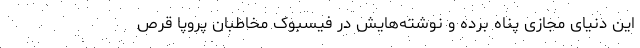
این دنیای مجازی پناه برده و نوشته‌هایش در فیسبوک مخاطبان پروپا قرص